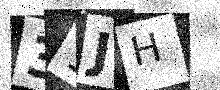
Text: 31JH